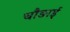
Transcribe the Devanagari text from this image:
चौङाई